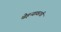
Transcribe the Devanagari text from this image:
चेहऱ्यावरची